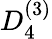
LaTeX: {D}_{4}^{(3)}